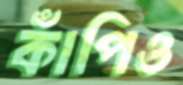
কাঁপিও